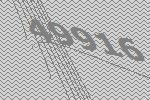
49916